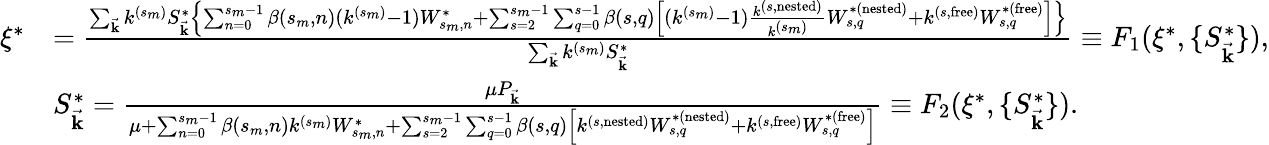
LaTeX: \begin{array}{rl}{\xi^{*}}&{=\frac{\sum_{\vec{\mathbf{k}}}k^{(s_{m})}S_{\vec{\mathbf{k}}}^{*}\left\{ \sum_{n=0}^{s_{m}-1}\beta(s_{m},n)(k^{(s_{m})}-1)W_{s_{m},n}^{*}+\sum_{s=2}^{s_{m}-1}\sum_{q=0}^{s-1}\beta(s,q)\left[(k^{(s_{m})}-1)\frac{k^{(s,\mathrm{nested})}}{k^{(s_{m})}}W_{s,q}^{*(\mathrm{nested})}+k^{(s,\mathrm{free})}W_{s,q}^{*(\mathrm{free})}\right]\right\} }{\sum_{\vec{\mathbf{k}}}k^{(s_{m})}S_{\vec{\mathbf{k}}}^{*}}\equiv F_{1}(\xi^{*},\{ S_{\vec{\mathbf{k}}}^{*}\} ),}\\ &{S_{\vec{\mathbf{k}}}^{*}=\frac{\mu P_{\vec{\mathbf{k}}}}{\mu+\sum_{n=0}^{s_{m}-1}\beta(s_{m},n)k^{(s_{m})}W_{s_{m},n}^{*}+\sum_{s=2}^{s_{m}-1}\sum_{q=0}^{s-1}\beta(s,q)\left[k^{(s,\mathrm{nested})}W_{s,q}^{*(\mathrm{nested})}+k^{(s,\mathrm{free})}W_{s,q}^{*(\mathrm{free})}\right]}\equiv F_{2}(\xi^{*},\{ S_{\vec{\mathbf{k}}}^{*}\} ).}\end{array}